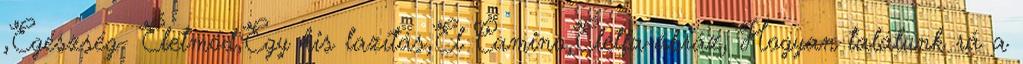
,Egészség- Életmód,Egy kis lazítás,El Camino,Életfa-ábráz, Hogyan találunk rá a